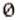
0